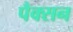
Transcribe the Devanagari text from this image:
पैक्सन